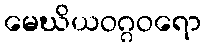
မေဃိယဝဂ္ဂဝရော